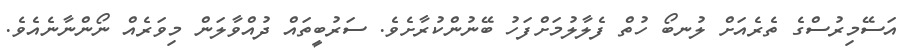
އަސޭމިރުސްގެ ތެރެއަށް ލުނބޯ ހުތް ފެލާލުމަށްފަހު ބޭނުންކުރާށެވެ. ސަރުބީތައް ދުއްވާލަން މިވަރެއް ނޯންނާނެއެވެ.